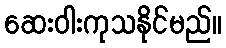
ဆေးဝါးကုသနိုင်မည်။